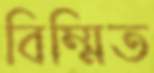
বিম্মিত